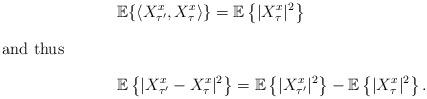
LaTeX: \begin{align*} &\mathbb{E}\{\langle X^{x}_{\tau'}, X^{x}_{\tau}\rangle\} = \mathbb{E}\left\{ |X_{\tau}^{x}|^2\right\} \\ \intertext{and thus } &\mathbb{E}\left\{ | X^{x}_{\tau'}- X^{x}_{\tau}|^2 \right\} = \mathbb{E}\left\{ |X^{x}_{\tau'}|^2\right\} - \mathbb{E}\left\{ |X^{x}_{\tau}|^2\right\}. \end{align*}